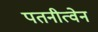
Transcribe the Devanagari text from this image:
पतनीत्वेन